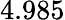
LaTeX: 4.985